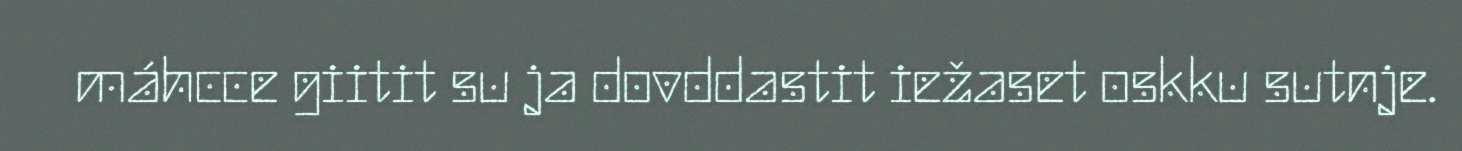
máhcce giitit su ja dovddastit iežaset oskku sutnje.